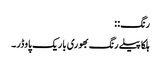
رنگ: :
ہلکا پیلے رنگ بھوری باریک پاوڈر۔